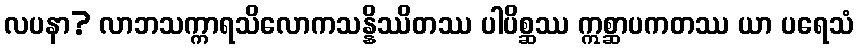
လပနာ? လာဘသက္ကာရသိလောကသန္နိဿိတဿ ပါပိစ္ဆဿ ဣစ္ဆာပကတဿ ယာ ပရေသံ